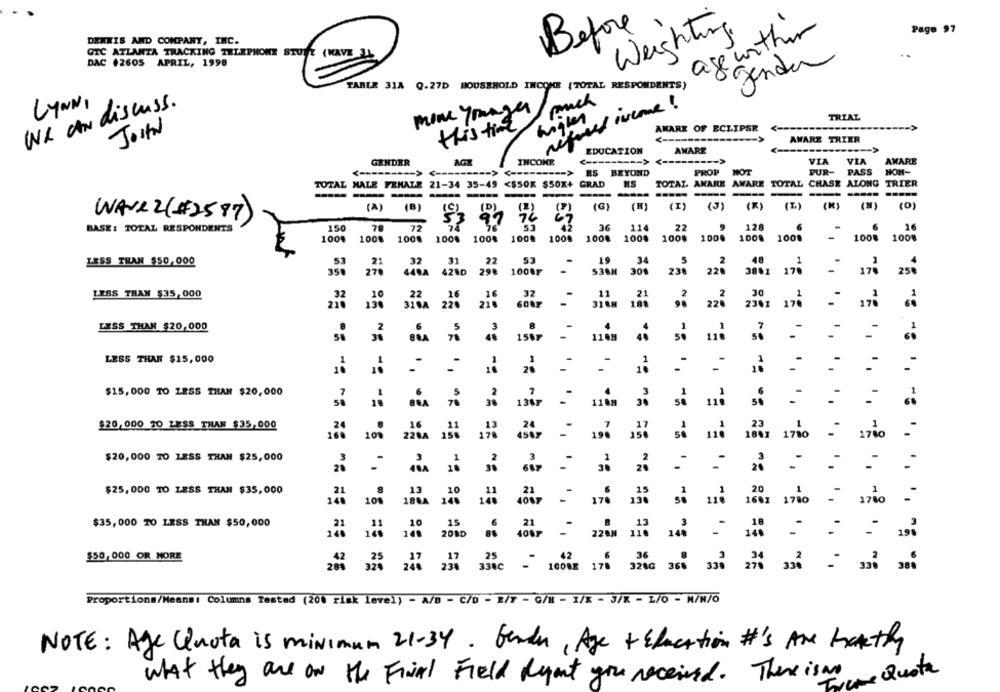
agenthur
Befor
Weighting
Page 97
DERKIS AND COMPANY, INC.
GTC ATLANTA TRACKING TELEPHONE STURZ (HAVE 3L
DAC $2605 APRIL, 1998
genda
TABLE 31A 0.27D HOUSEHOLD INCOME (TOTAL RESPONDENTS)
We ah discuss.
LYNN,
Buch
mone younger
angles
TRIAL
JOHN
this time
AMARE OF ECLIPSE
->
AWARE TRIER
EDUCATION
AMARE
INCOME
GENDER
AGR
VIA
VIA
AMARE
-----
RS BEYOND
PROP
MOT
PUR-
PASS
NON-
TOTAL MALE FEMALE 21-34 35-49
<$SOK $SOX+
GRAD
TOTAL AKARE AWARE TOTAL
CHASE ALONG TRIER
--
(A)
(B)
(C)
(D)
(2)
(G)
(H)
(I)
(3)
(K)
(L)
(N)
(0)
WAVE 2(#2587)
53
97
26
67
BASE: TOTAL RESPONDENTS
150
78
72
76
51
36
114
22
9
128
6
16
100% 1008
100% 1008
100%
100%
1008
100%
100%
1008
100.
100% 1008
1008
100
LESS THAN $50,000
53
32
31
22
53
19
34
48
1
21
2
350
270
448A
421D
298
100AF
538H
300
226
30%1 170
25%
LESS THAN $35,000
32
22
32
11
21
2
30
210
130
215
318M
188
220
230X
LESS THAN $20,000
1507
116
- 1108
LESS THAN $15,000
==
$15,000 TO LESS THAN $20,000
== ==
1367
118m
se
$20,000 30 LESS THAN $35,000
23
109
226A 156
1841 1780
1780
1883
1740
$20,000 TO LESS THAN $25,000
3
= =
..
$25, 000 TO LESS THAN $35,000
20
13
.10
10
188A 146
1661 1780
$35,000 TO LESS THAN $50,000
10
15
.11
208D
40%7 - 220# 110 10
$50,000 OR MORE
25
36
284
320
230
338C - 10082 170 3286 366 330 2%
380
Proportions/Means: Columns Tested (200 risk level) - A/B - C/D - 2/7 - G/M - 1/X - 3/R - L/O - M/N/O
NOTE: Age Quota is minimum 21-34. benden, Age + Education #'s Are hatthy
what they are on the Final Field Report you received. There is a Quota